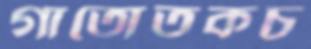
গাতোতকচ